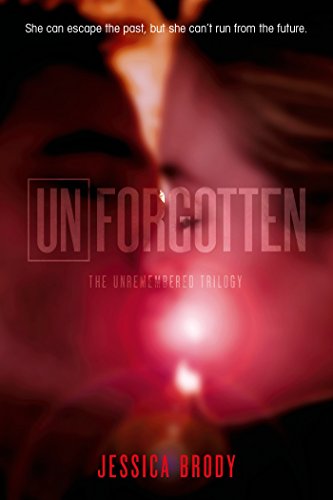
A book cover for Unforgotten (The Unremembered Trilogy); Jessica Brody; Teen & Young Adult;